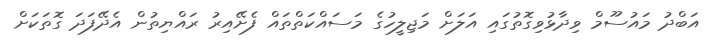
އަބްދު މައުސޫމް ވިދާޅުވިގޮތުގައި އަލަށް މަޖިލީހުގެ މަސައްކަތްތައް ފެށޭއިރު ރައްޔިތުން އެދޭފަދަ ގޮތަކަށް